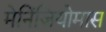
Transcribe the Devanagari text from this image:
मेनिंजियोमास